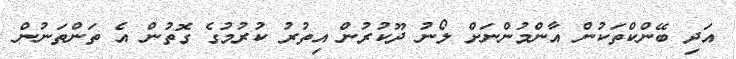
އަދި ބޭންކްތަކުން އާންމުންނަށް ލޯނު ދޫކުރުން އިތުރު ކުރުމުގެ ގޮތުން އެ ތަންތަނުން